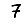
Digit: 7